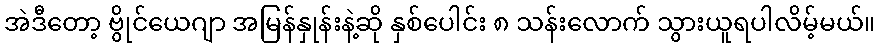
အဲဒီတော့ ဗွိုင်ယေဂျာ အမြန်နှုန်းနဲ့ဆို နှစ်ပေါင်း ၈ သန်းလောက် သွားယူရပါလိမ့်မယ်။